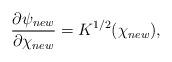
LaTeX: \begin{align*}\frac{\partial \psi_{new}}{\partial \chi_{new}} = K^{1/2}(\chi_{new}),\end{align*}